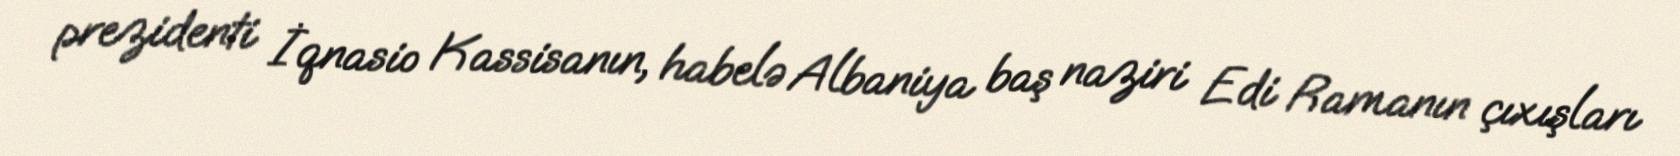
prezidenti İqnasio Kassisanın, habelə Albaniya baş naziri Edi Ramanın çıxışları